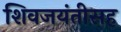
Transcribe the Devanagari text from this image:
शिवजयंतीसह